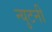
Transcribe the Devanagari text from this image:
न्युटनी